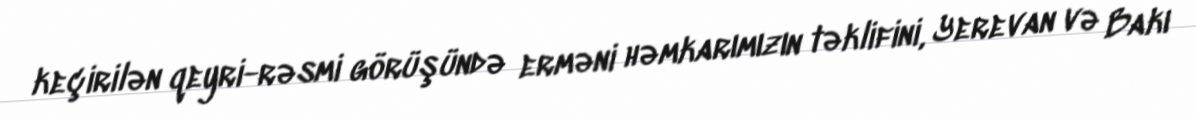
keçirilən qeyri-rəsmi görüşündə erməni həmkarımızın təklifini, Yerevan və Bakı